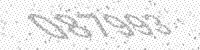
Solution: 087993